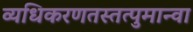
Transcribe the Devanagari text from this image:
व्यधिकरणतस्तत्पुमान्वा